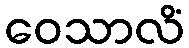
ဝေသာလိံ